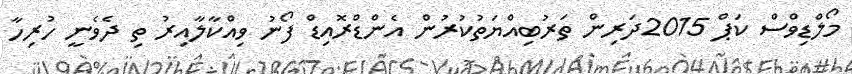
މޯލްޑިވްސް ކަޕް 2015ދަރިން ތަރުބިއްޔަތުކުރުން އެންޑްރޮއިޑް ފޯނު ވިއްކާލާއިރު ތި ދެވެނީ ހުރިހާ